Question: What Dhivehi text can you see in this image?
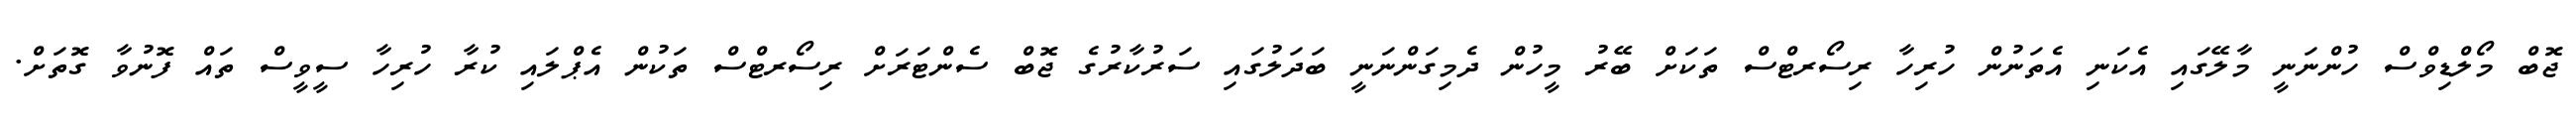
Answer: ޖޮބް މޯލްޑިވްސް ހުންނަނީ މާލޭގައި އެކަނި އެތަނުން ހުރިހާ ރިސޯރޓްސް ތަކަށް ބޭރު މީހުން ދެމިގަންނަނީ ބަދަލުގައި ސަރުކާރުގެ ޖޮބް ސެންޓަރަށް ރިސޯރޓްސް ތަކުން އެޕްލައި ކުރާ ހުރިހާ ސީވީސް ތައް ފޮނުވާ ގޮތަށް.